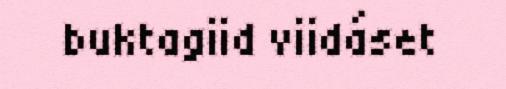
buktagiid viidáset